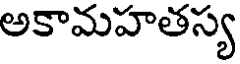
అకామహతస్య